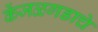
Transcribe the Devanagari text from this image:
केंजळगडाचे